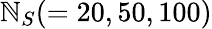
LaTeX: \mathbb{N}_{S}(=20,50,100)